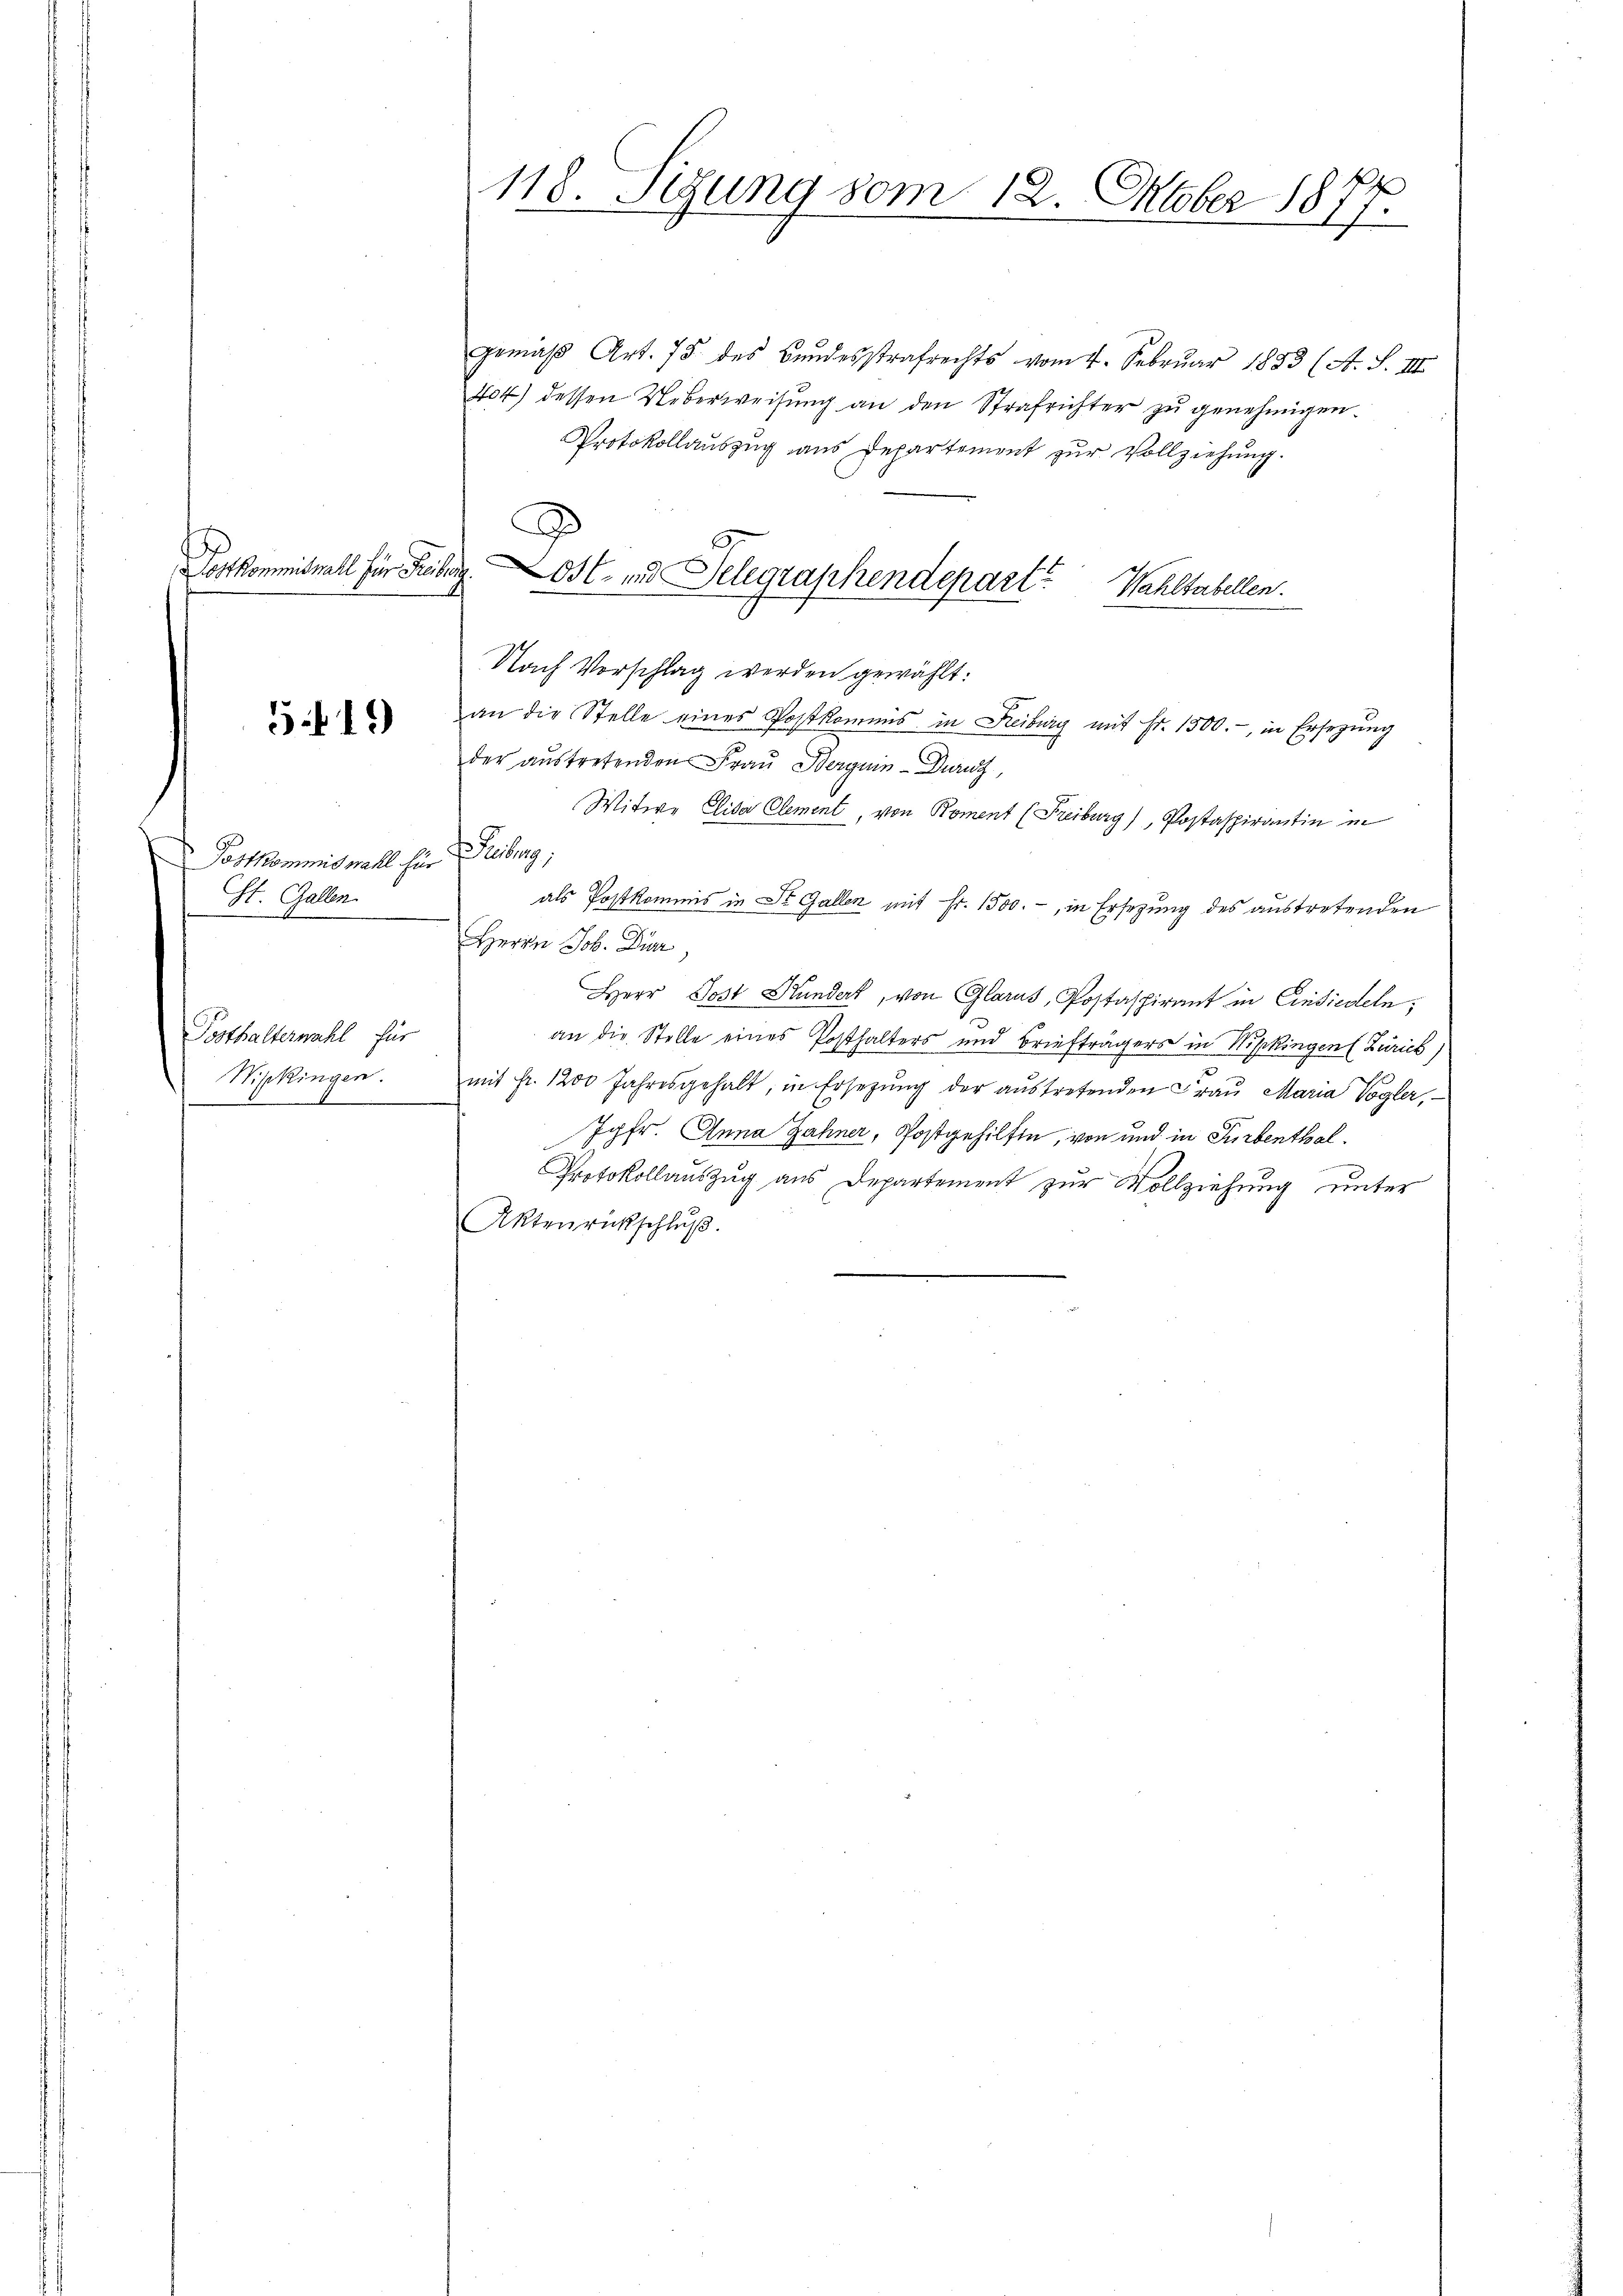
Postkommiswall für Freiberg.

519)

Postkommiswahl für
St. Gallen.

Posthalterwahl für
Wipkingen.

118. Sigung vom 12. Oktober 1877.

D
1
Ost- und Delegraphendepart? Wahltabellen.

gemäß Art. 75 des Bundesstrafrechts vom 4. Februar 1883 (A. S. III.
404) dessen Ueberweisung an den Strafrichter zu genehmigen.
Protokollauszug aus Departement zur Vollziehung.
Nach Vorschlag werden gewählt:
an die Stelle eines Postkommis in Freiburg mit Fr. 1500.-, in Ersezung
der austretenden Frau Berguin-Dunz,
Witwe Elisa Clement, von Roment (Freiburg), Postaspirantin in
Elter
als Postkommis in St. Gallen mit Fr. 1500.-, in Ersezung des austretenden
Herrn Joh. Dier
Herr Post Hundert, von Glarus, Postaspirant in Einsiedeln,
an die Stelle eines Posthalters und Briefträgers in Wipkingen Zürich
mit Fr. 1200 Jahresgehalt, in Ersetzŭng der aŭstretenden Fraŭ Maria Vogler,
Jgfr. Anna Zähner, Postgehilfen, von und in Turbenthal¬
Protokollauszug aus Departement zur Vollziehung unter
Aktenrückschluß.